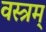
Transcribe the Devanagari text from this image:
वस्त्रम्‌